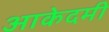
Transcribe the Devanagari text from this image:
आकेदमी